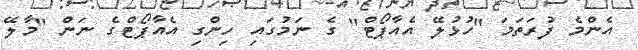
އެންމެ ފުރަތަމަ "ހުޅުލޭ އެއާޕޯޓް" ގެ ނަމުގައި ހިންގި އެއާޕޯޓްގެ ނަން "މާލޭ